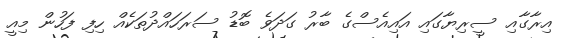
އިރާގާއި ސީރިޔާގައި އައިއެސްގެ ބާރު ގަދަވެ ބޮޑު ސަރަހައްދުތަކެއް ހިފި ފަހުން މިއީ